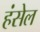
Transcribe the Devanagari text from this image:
हंसेल